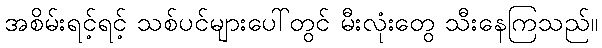
အစိမ်းရင့်ရင့် သစ်ပင်များပေါ်တွင် မီးလုံးတွေ သီးနေကြသည်။